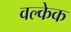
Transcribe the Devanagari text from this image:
वल्केक